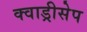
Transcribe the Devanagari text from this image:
क्वाड्रीसेप